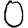
Digit: 0